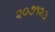
૨૦૭૧૨૩